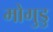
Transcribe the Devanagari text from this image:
मोगुडु